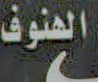
العنوف